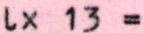
Lx 13 =